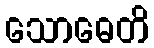
သောဓေတိ